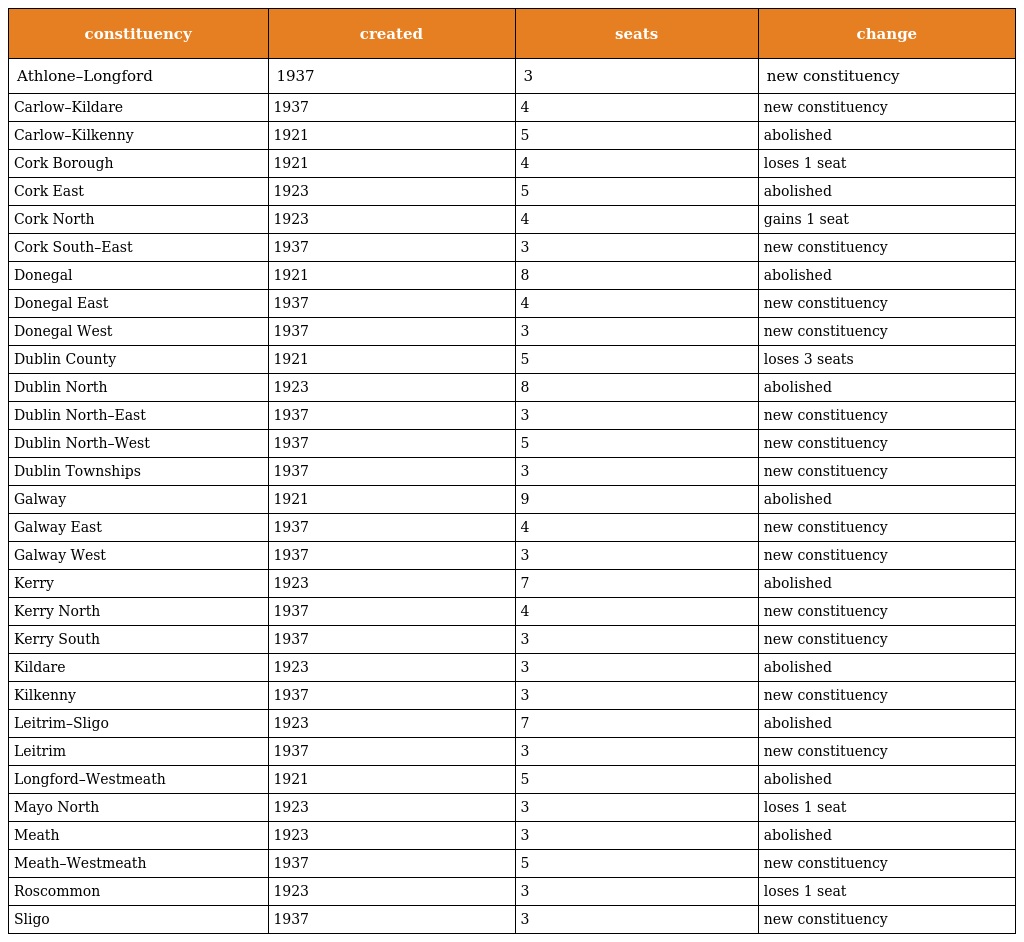
| constituency | created | seats | change |
 | --- | --- | --- | --- |
 | Athlone–Longford | 1937 | 3 | new constituency |
 | Carlow–Kildare | 1937 | 4 | new constituency |
 | Carlow–Kilkenny | 1921 | 5 | abolished |
 | Cork Borough | 1921 | 4 | loses 1 seat |
 | Cork East | 1923 | 5 | abolished |
 | Cork North | 1923 | 4 | gains 1 seat |
 | Cork South–East | 1937 | 3 | new constituency |
 | Donegal | 1921 | 8 | abolished |
 | Donegal East | 1937 | 4 | new constituency |
 | Donegal West | 1937 | 3 | new constituency |
 | Dublin County | 1921 | 5 | loses 3 seats |
 | Dublin North | 1923 | 8 | abolished |
 | Dublin North–East | 1937 | 3 | new constituency |
 | Dublin North–West | 1937 | 5 | new constituency |
 | Dublin Townships | 1937 | 3 | new constituency |
 | Galway | 1921 | 9 | abolished |
 | Galway East | 1937 | 4 | new constituency |
 | Galway West | 1937 | 3 | new constituency |
 | Kerry | 1923 | 7 | abolished |
 | Kerry North | 1937 | 4 | new constituency |
 | Kerry South | 1937 | 3 | new constituency |
 | Kildare | 1923 | 3 | abolished |
 | Kilkenny | 1937 | 3 | new constituency |
 | Leitrim–Sligo | 1923 | 7 | abolished |
 | Leitrim | 1937 | 3 | new constituency |
 | Longford–Westmeath | 1921 | 5 | abolished |
 | Mayo North | 1923 | 3 | loses 1 seat |
 | Meath | 1923 | 3 | abolished |
 | Meath–Westmeath | 1937 | 5 | new constituency |
 | Roscommon | 1923 | 3 | loses 1 seat |
 | Sligo | 1937 | 3 | new constituency |